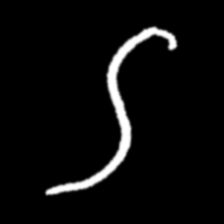
Pyu character \u2014 Myanmar letter: ဌ (romanized: ttha)